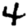
Digit: 4